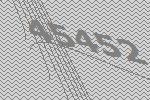
45452